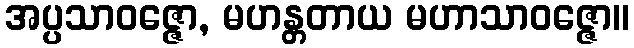
အပ္ပသာဝဇ္ဇော, မဟန္တတာယ မဟာသာဝဇ္ဇော။